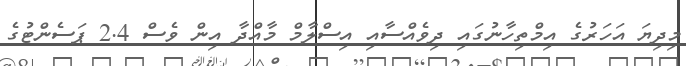
މިދިޔަ އަހަރުގެ އިމްތިހާނުގައި ދިވެއްސާއި އިސްލާމް މާއްދާ އިން ވެސް 2.4 ޕަސެންޓުގެ